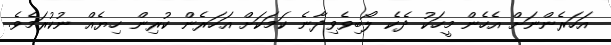
އަހަރެންނަށް އެހެން މީހަކު ދެކެ ލޯބިވެވިދާނެ ކަމަކަށް އަހަރެން ކުރިން ހިޔެއް ނުކުރަމެވެ.